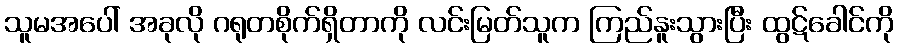
သူမအပေါ် အခုလို ဂရုတစိုက်ရှိတာကို လင်းမြတ်သူက ကြည်နူးသွားပြီး ထွဋ်ခေါင်ကို